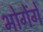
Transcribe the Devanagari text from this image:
भोगेंगे